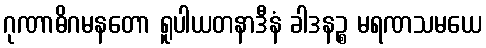
ဂုဏာဓိဂမနတော ရူပါယတနာဒီနံ ခါဒနဉ္စ မရဏသမယေ